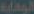
الوقاية